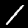
Label: 1